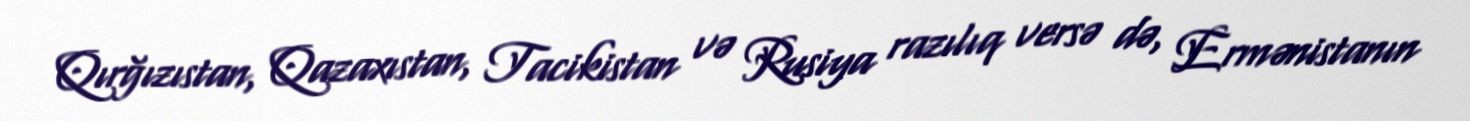
Qırğızıstan, Qazaxıstan, Tacikistan və Rusiya razılıq versə də, Ermənistanın